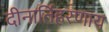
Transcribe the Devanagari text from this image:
दीनार्तिहरणाय